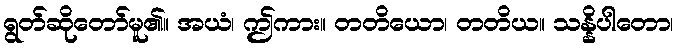
ရွတ်ဆိုတော်မူ၏။ အယံ၊ ဤကား။ တတိယော၊ တတိယ။ သန္နိပါတော၊